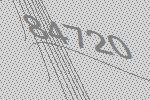
84720